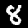
Label: 8